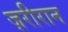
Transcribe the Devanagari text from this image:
ज़रीरान